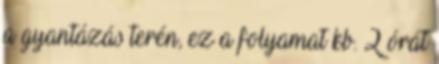
a gyantázás terén, ez a folyamat kb. 2 órát